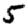
Digit: 5